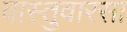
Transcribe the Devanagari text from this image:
वास्तुवारसा